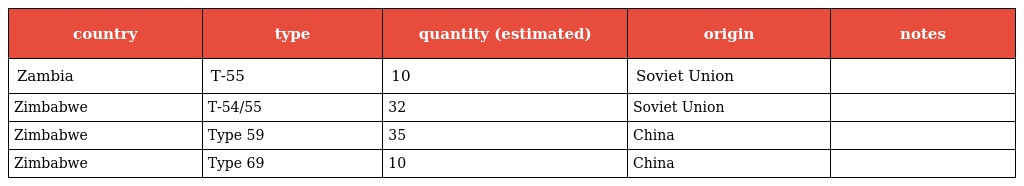
| country | type | quantity (estimated) | origin | notes |
 | --- | --- | --- | --- | --- |
 | Zambia | T-55 | 10 | Soviet Union |  |
 | Zimbabwe | T-54/55 | 32 | Soviet Union |  |
 | Zimbabwe | Type 59 | 35 | China |  |
 | Zimbabwe | Type 69 | 10 | China |  |